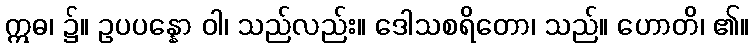
ဣဓ၊ ၌။ ဥပပန္နော ဝါ၊ သည်လည်း။ ဒေါသစရိတော၊ သည်။ ဟောတိ၊ ၏။